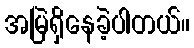
အမြဲရှိနေခဲ့ပါတယ်။